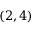
( 2 , 4 )